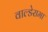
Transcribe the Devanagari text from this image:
वाल्डेरामा